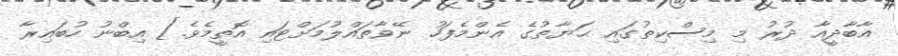
އާބާދީއާ ދުރު މި މިސްކިތުގައި ޙަޔާތުގެ އެންމެފަހު ނޭވާތައްލުމަށްޓައި އޮތީމެވެ.] އިބްނު ހުބައިރާ